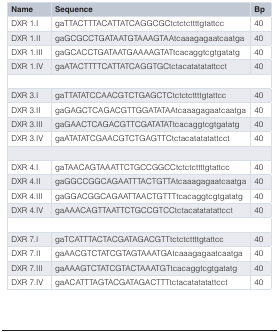
<table><thead><tr><td><b>Name</b></td><td><b>Sequence</b></td><td><b>Bp</b></td></tr></thead><tbody><tr><td>DXR 1.I</td><td>gaTTACTTTACATTATCAGGCGCtctctcttttgtattcc</td><td>40</td></tr><tr><td>DXR 1.II</td><td>gaGCGCCTGATAATGTAAAGTAAtcaaagagaatcaatga</td><td>40</td></tr><tr><td>DXR 1.III</td><td>gaGCACCTGATAATGAAAAGTATtcacaggtcgtgatatg</td><td>40</td></tr><tr><td>DXR 1.IV</td><td>gaATACTTTTCATTATCAGGTGCtctacatatatattcct</td><td>40</td></tr><tr><td colspan="3"> </td></tr><tr><td>DXR 3.I</td><td>gaTTATATCCAACGTCTGAGCTCtctctcttttgtattcc</td><td>40</td></tr><tr><td>DXR 3.II</td><td>gaGAGCTCAGACGTTGGATATAAtcaaagagaatcaatga</td><td>40</td></tr><tr><td>DXR 3.III</td><td>gaGAACTCAGACGTTCGATATATtcacaggtcgtgatatg</td><td>40</td></tr><tr><td>DXR 3.IV</td><td>gaATATATCGAACGTCTGAGTTCtctacatatatattcct</td><td>40</td></tr><tr><td colspan="3"> </td></tr><tr><td>DXR 4.I</td><td>gaTAACAGTAAATTCTGCCGGCCtctctcttttgtattcc</td><td>40</td></tr><tr><td>DXR 4.II</td><td>gaGGCCGGCAGAATTTACTGTTAtcaaagagaatcaatga</td><td>40</td></tr><tr><td>DXR 4.III</td><td>gaGGACGGCAGAATTAACTGTTTtcacaggtcgtgatatg</td><td>40</td></tr><tr><td>DXR 4.IV</td><td>gaAAACAGTTAATTCTGCCGTCCtctacatatatattcct</td><td>40</td></tr><tr><td colspan="3"> </td></tr><tr><td>DXR 7.I</td><td>gaTCATTTACTACGATAGACGTTtctctcttttgtattcc</td><td>40</td></tr><tr><td>DXR 7.II</td><td>gaAACGTCTATCGTAGTAAATGAtcaaagagaatcaatga</td><td>40</td></tr><tr><td>DXR 7.III</td><td>gaAAAGTCTATCGTACTAAATGTtcacaggtcgtgatatg</td><td>40</td></tr><tr><td>DXR 7.IV</td><td>gaACATTTAGTACGATAGACTTTtctacatatatattcct</td><td>40</td></tr></tbody></table>